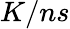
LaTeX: K/ns